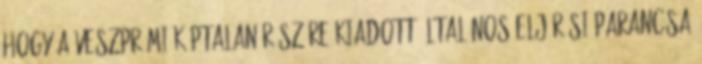
hogy a veszprémi káptalan részére kiadott általános eljárási parancsa